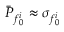
\bar { P } _ { f _ { 0 } ^ { i } } \approx \sigma _ { f _ { 0 } ^ { i } }